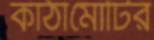
কাঠামোটির